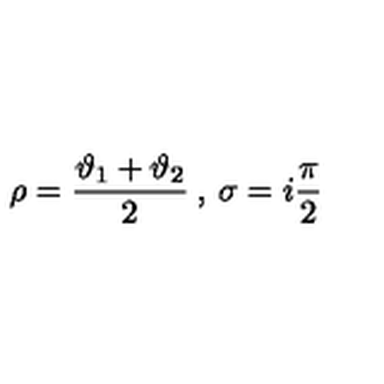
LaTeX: \rho = \displaystyle \frac { \vartheta _ { 1 } + \vartheta _ { 2 } } { 2 } \: , \: \sigma = i \displaystyle \frac { \pi } { 2 }